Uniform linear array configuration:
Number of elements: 8
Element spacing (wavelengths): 0.25
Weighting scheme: uniform
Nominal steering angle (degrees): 0
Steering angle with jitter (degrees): -1.343
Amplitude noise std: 0.05
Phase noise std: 0.05

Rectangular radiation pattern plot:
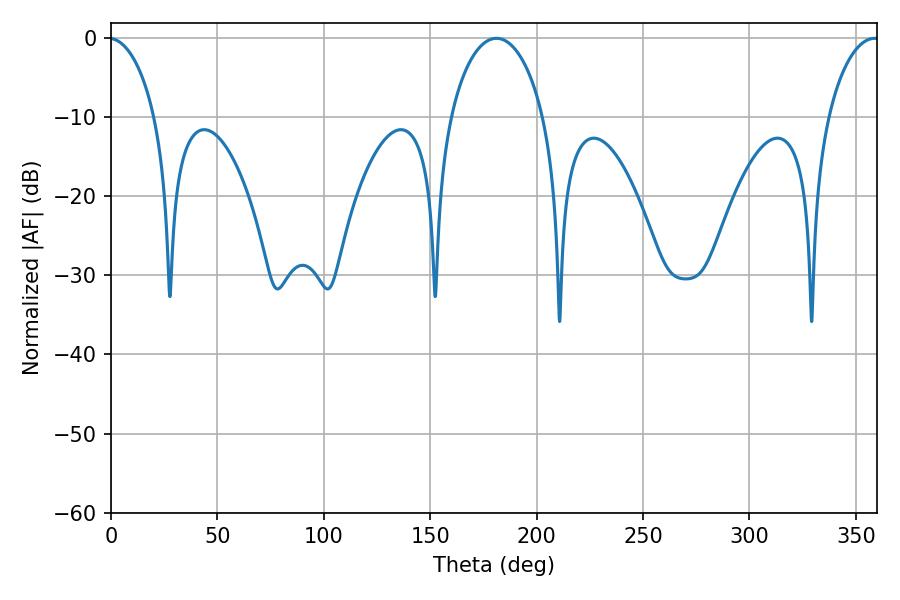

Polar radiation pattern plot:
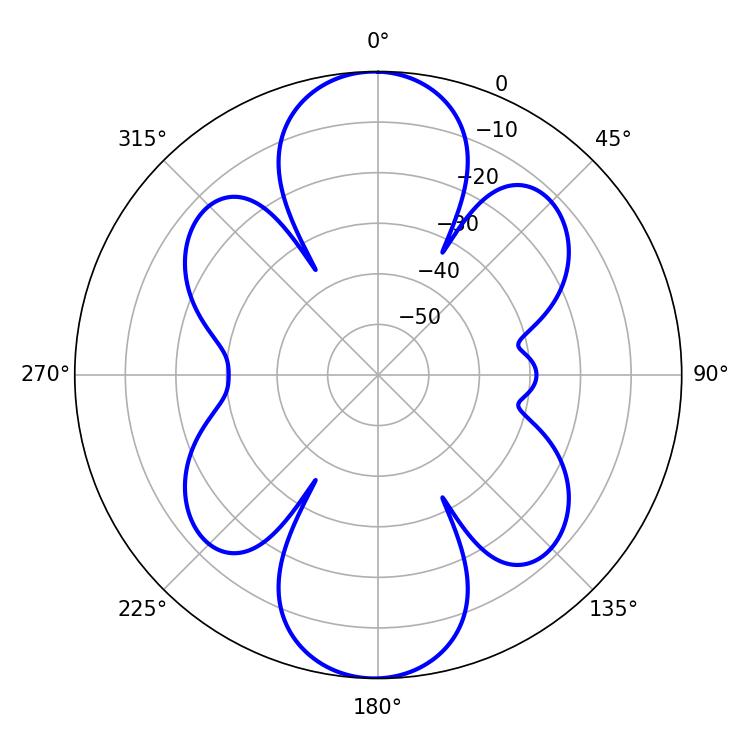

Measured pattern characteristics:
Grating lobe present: FALSE
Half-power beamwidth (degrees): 25.02
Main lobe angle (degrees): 181.08